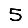
Digit: 5